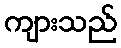
ကျားသည်